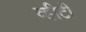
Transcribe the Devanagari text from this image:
व्हीटी